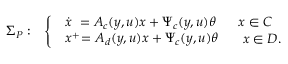
\begin{array} { r l } { \Sigma _ { P } : } & { \left\{ \begin{array} { l l } { \begin{array} { l } { \dot { x } \ = A _ { c } ( y , u ) x + \Psi _ { c } ( y , u ) \theta } \end{array} } & { x \in C } \\ { \begin{array} { l } { x ^ { + } \! = A _ { d } ( y , u ) x + \Psi _ { c } ( y , u ) \theta } \end{array} } & { \ x \in D . } \end{array} \right. } \end{array}